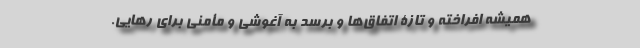
همیشه افراخته و تازۀ اتفاق‌ها و برسد به آغوشی و مأمنی برای رهایی.